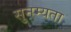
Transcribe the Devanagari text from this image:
सुनम्यता